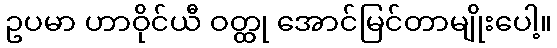
ဥပမာ ဟာဝိုင်ယီ ဝတ္ထု အောင်မြင်တာမျိုးပေါ့။